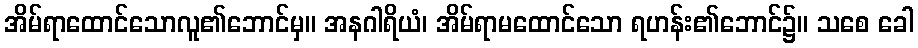
အိမ်ရာထောင်သောလူ၏ဘောင်မှ။ အနဂါရိယံ၊ အိမ်ရာမထောင်သော ရဟန်း၏ဘောင်၌။ သစေ ခေါ